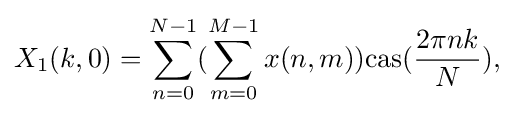
X_{1}(k,0)=\sum _{n=0}^{N-1}(\sum _{m=0}^{M-1}x(n,m)){\rm {cas}}({\frac {2\pi nk}{N}}),\;